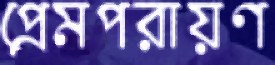
প্রেমপরায়ণ